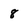
Character: 8